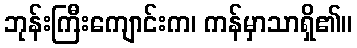
ဘုန်းကြီးကျောင်းက၊ ကန်မှာသာရှိ၏။